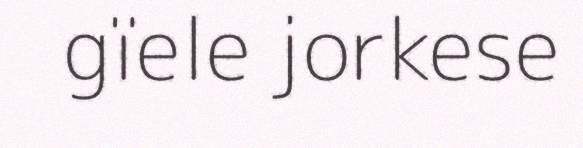
gïele jorkese